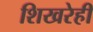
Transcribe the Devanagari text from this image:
शिखरेही